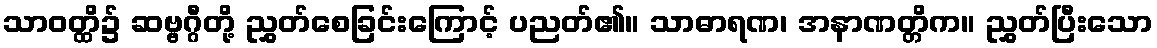
သာဝတ္ထိ၌ ဆဗ္ဗဂ္ဂီတို့ ညွှတ်စေခြင်းကြောင့် ပညတ်၏။ သာဓာရဏ၊ အနာဏတ္တိက။ ညွှတ်ပြီးသော